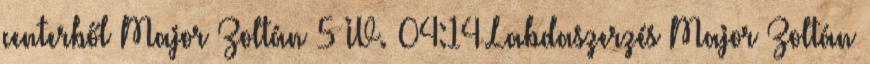
centerből Major Zoltán 5 IV. 04:14 Labdaszerzés Major Zoltán